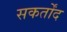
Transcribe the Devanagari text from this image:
सकर्तोंद